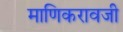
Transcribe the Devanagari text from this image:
माणिकरावजी